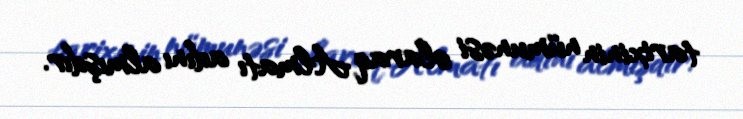
tarixinin nümunəsi olaraq Almatı adını almışdır.